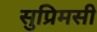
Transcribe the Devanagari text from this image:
सुप्रिमसी